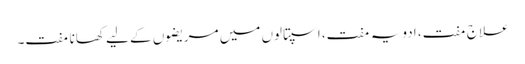
علاج مفت، ادویہ مفت، اسپتالوں میں مریضوں کے لیے کھانا مفت۔